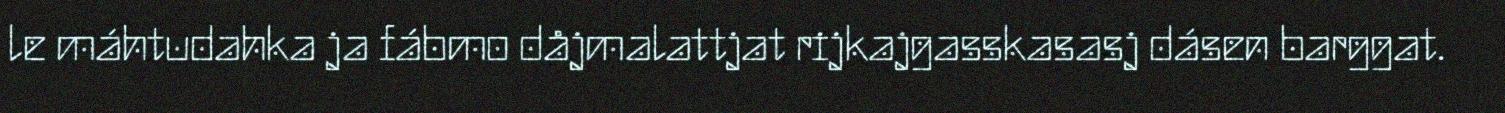
le máhtudahka ja fábmo dåjmalattjat rijkajgasskasasj dásen barggat.